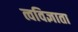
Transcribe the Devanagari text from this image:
त्वविज्ञाता